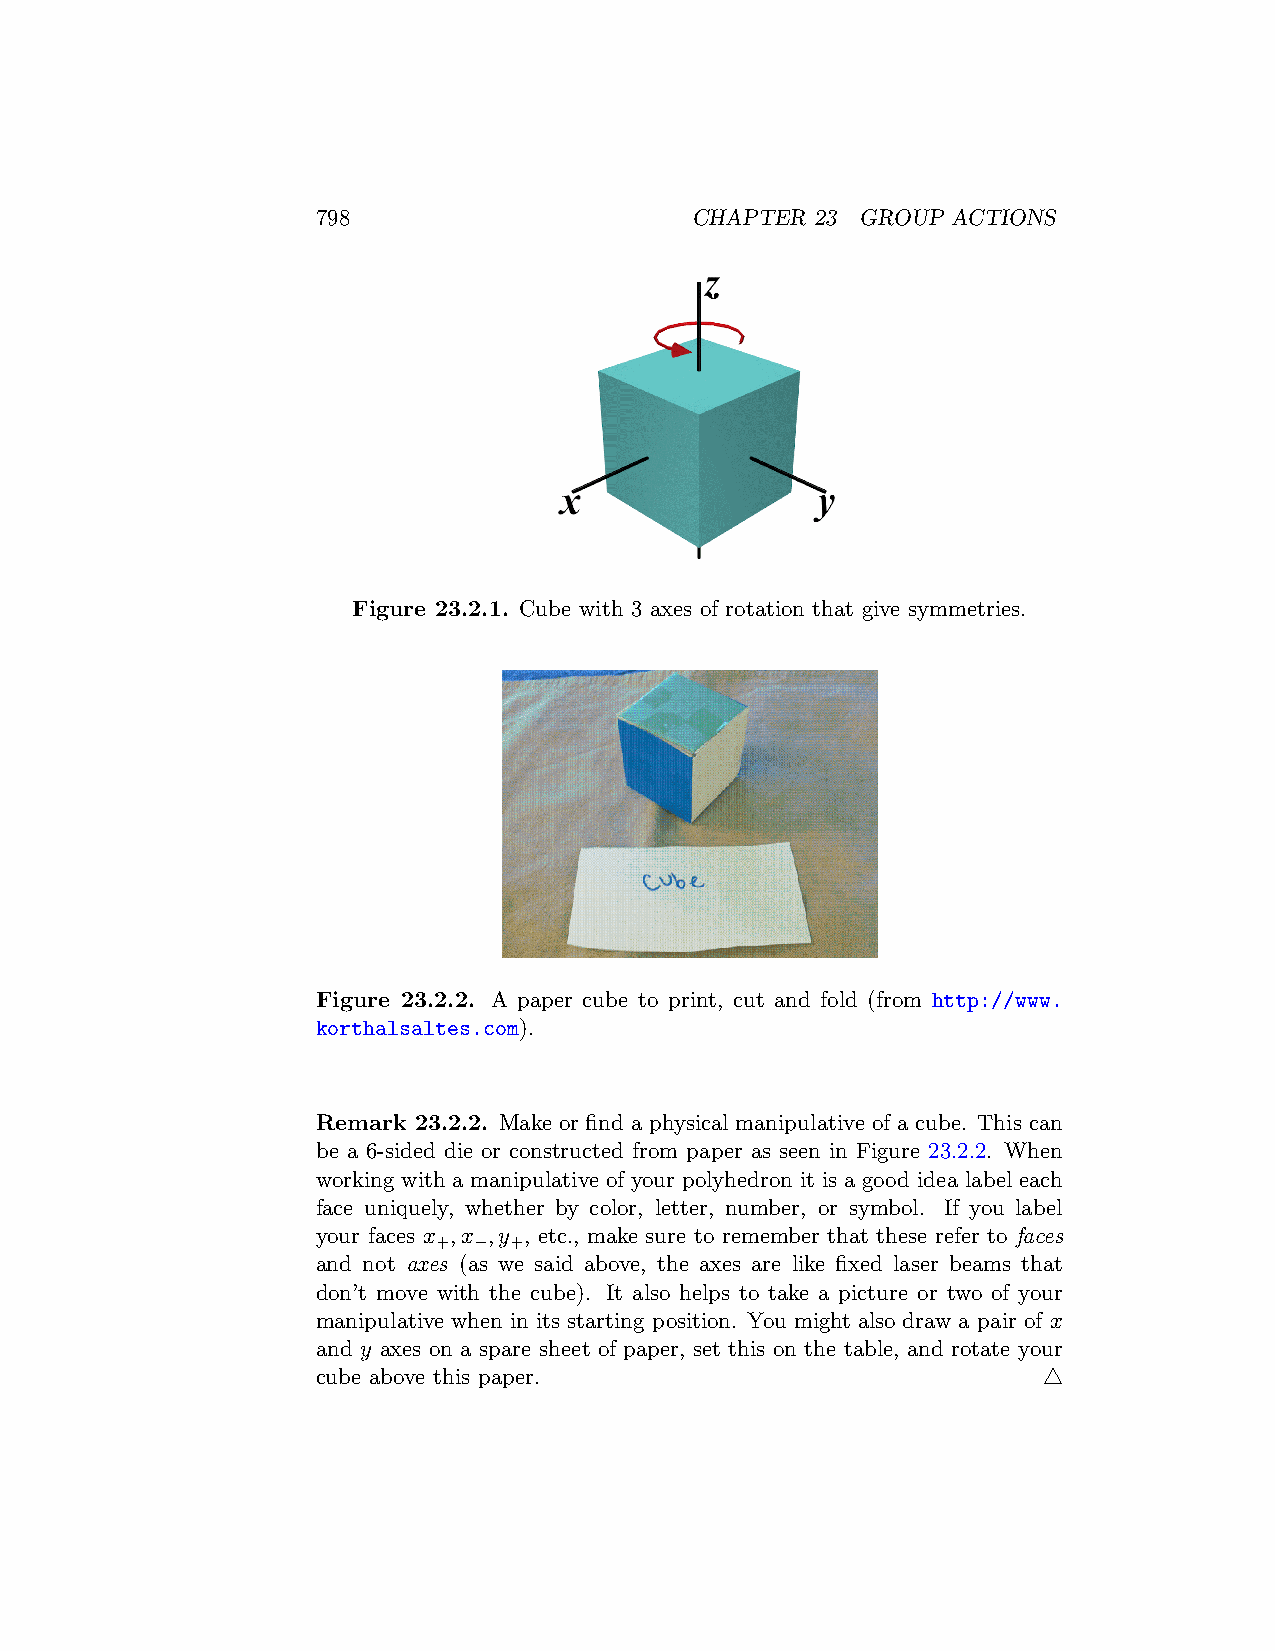
798                      CHAPTER 23 GROUP ACTIONS
 Figure 23.2.1. Cube with 3 axes of rotation that give symmetries.
 Figure 23.2.2. A paper cube to print, cut and fold (from http://www.
 korthalsaltes.com).
 Remark 23.2.2. Make or find a physical manipulative of a cube. This can
 be a 6-sided die or constructed from paper as seen in Figure 23.2.2. When
 working with a manipulative of your polyhedron it is a good idea label each
 face uniquely, whether by color, letter, number, or symbol. If you label
 your faces x ,x ,y , etc., make sure to remember that these refer to faces
 + −  +
 and not axes (as we said above, the axes are like fixed laser beams that
 don’t move with the cube). It also helps to take a picture or two of your
 manipulative when in its starting position. You might also draw a pair of x
 and y axes on a spare sheet of paper, set this on the table, and rotate your
 cube above this paper.                          △